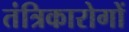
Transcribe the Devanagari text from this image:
तंत्रिकारोगों